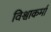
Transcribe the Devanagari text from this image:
विश्वाकर्मा